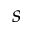
s